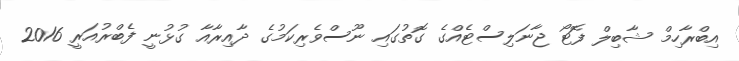
އިބްރާހިމް ޝާބިލް ފޮޓޯ ޖާނަލިސްޓެއްގެ ގޮތުގައި ނޫސްވެރިކަމުގެ ދާއިރާއާ ގުޅުނީ ފެބްރުއަރީ 2016